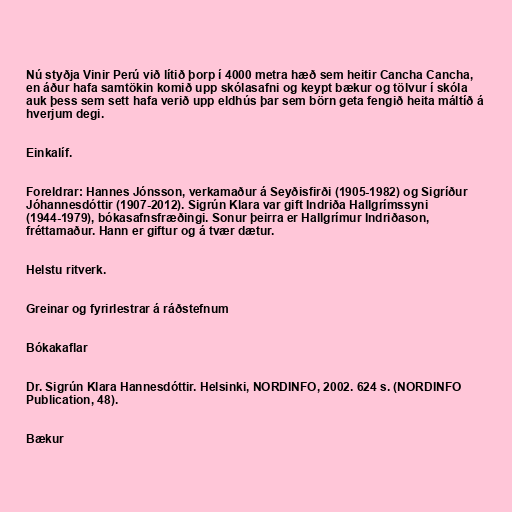
Nú styðja Vinir Perú við lítið þorp í 4000 metra hæð sem heitir Cancha Cancha,
en áður hafa samtökin komið upp skólasafni og keypt bækur og tölvur í skóla
auk þess sem sett hafa verið upp eldhús þar sem börn geta fengið heita máltíð á
hverjum degi.

Einkalíf.

Foreldrar: Hannes Jónsson, verkamaður á Seyðisfirði (1905-1982) og Sigríður
Jóhannesdóttir (1907-2012). Sigrún Klara var gift Indriða Hallgrímssyni
(1944-1979), bókasafnsfræðingi. Sonur þeirra er Hallgrímur Indriðason,
fréttamaður. Hann er giftur og á tvær dætur.

Helstu ritverk.

Greinar og fyrirlestrar á ráðstefnum

Bókakaflar

Dr. Sigrún Klara Hannesdóttir. Helsinki, NORDINFO, 2002. 624 s. (NORDINFO
Publication, 48).

Bækur